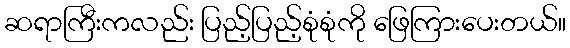
ဆရာကြီးကလည်း ပြည့်ပြည့်စုံစုံကို ဖြေကြားပေးတယ်။